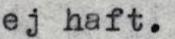
ej haft.